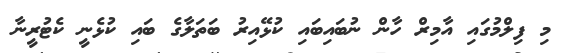
މި ފިލްމުގައި އާމިރް ހާން ނުބައިބައި ކުޅޭއިރު ބަތަލާގެ ބައި ކުޅެނީ ކެޓުރީނާ